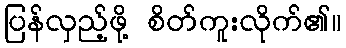
ပြန်လှည့်ဖို့ စိတ်ကူးလိုက်၏။